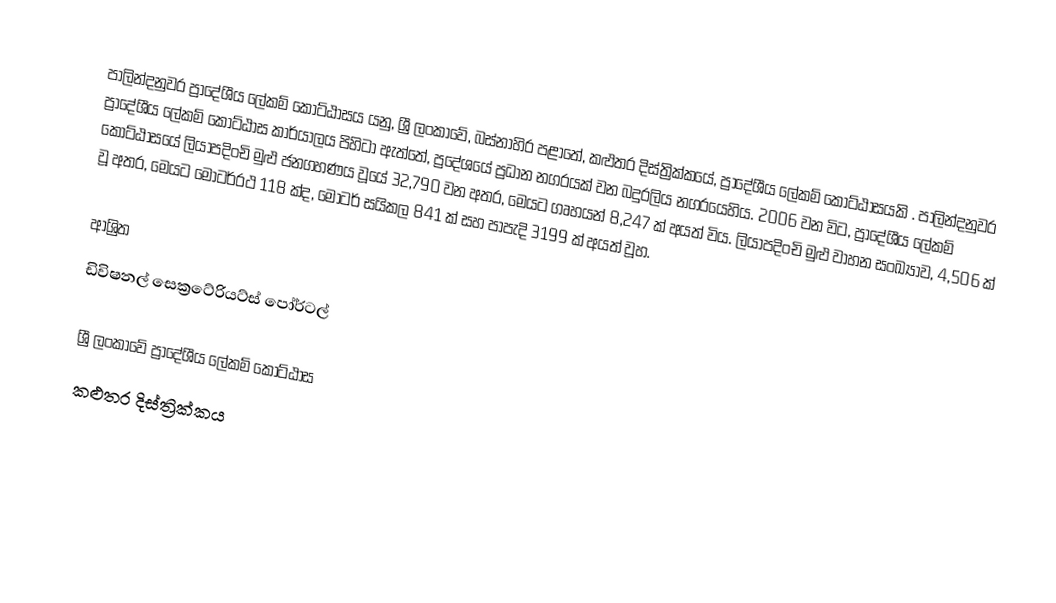
පාලින්දනුවර ප්‍රාදේශීය ලේකම් කොට්ඨාසය යනු,  ශ්‍රී ලංකාවේ, බස්නාහිර පළාතේ,   කළුතර දිස්ත්‍රික්කයේ, ප්‍රාදේශීය ලේකම් කොට්ඨාසයකි . පාලින්දනුවර ප්‍රාදේශීය ලේකම් කොට්ඨාස කාර්යාලය පිහිටා ඇත්තේ, ප්‍රදේශයේ ප්‍රධාන නගරයක් වන බදුරලිය නගරයෙහිය. 2006 වන විට, ප්‍රාදේශීය ලේකම් කොට්ඨාසයේ ලියාපදිංචි මුළු ජනගහණය වූයේ 32,790 වන අතර, මෙයට ගෘහයන්  8,247 ක් අයත් විය. ලියාපදිංචි මුළු වාහන සංඛ්‍යාව, 4,506 ක් වූ අතර, මෙයට මෝටර්රථ 118 ක්ද, මෝටර් සයිකල 841 ක් සහ පාපැදි 3199 ක් අයත් වූහ.

ආශ්‍රිත
 ඩිවිෂනල් සෙක්‍රටේරියට්ස් පෝර්ටල්

ශ්‍රී ලංකාවේ ප්‍රාදේශීය ලේකම් කොට්ඨාස
කළුතර දිස්ත්‍රික්කය